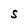
Character: S